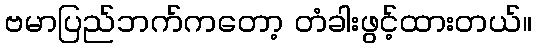
ဗမာပြည်ဘက်ကတော့ တံခါးဖွင့်ထားတယ်။